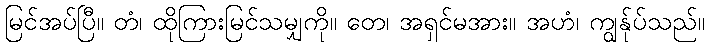
မြင်အပ်ပြီ။ တံ၊ ထိုကြားမြင်သမျှကို။ တေ၊ အရှင်မအား။ အဟံ၊ ကျွန်ုပ်သည်။